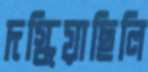
দগ্ধিয়াছিলি